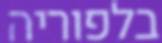
בלפוריה